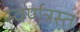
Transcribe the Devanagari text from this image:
स्वर्णत्रस्त